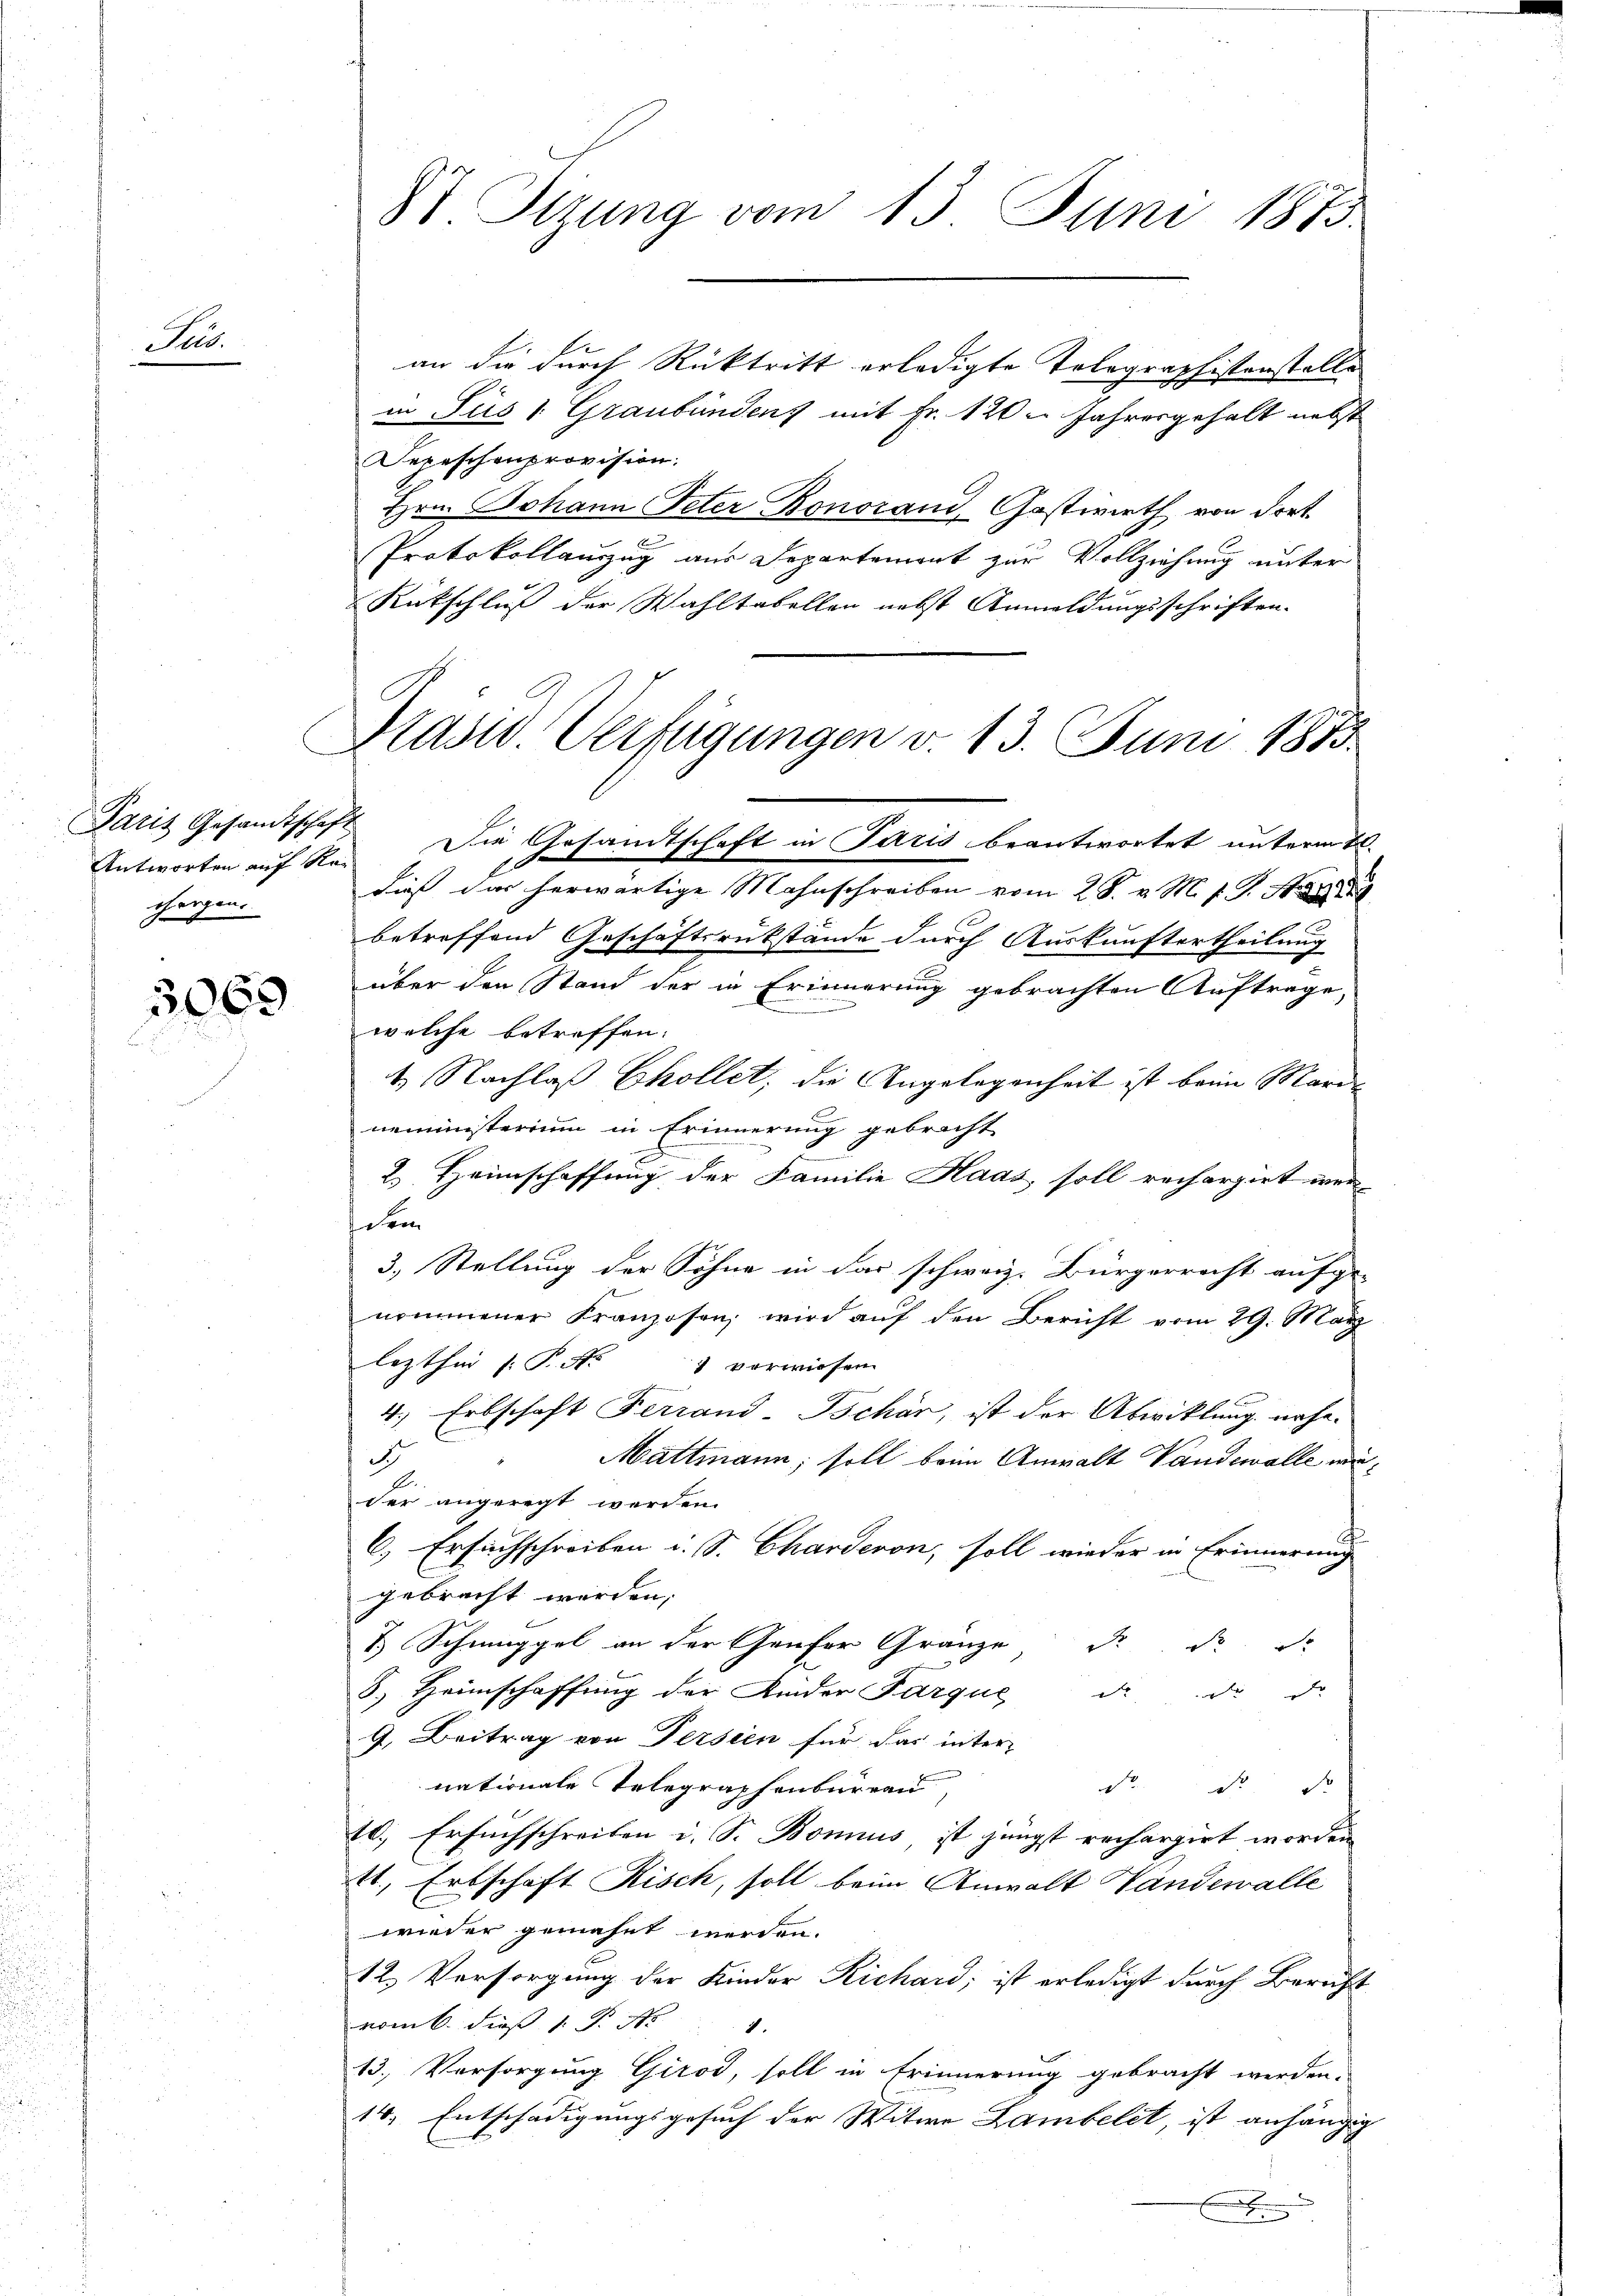
Sus.

Paris Gesandtschaft
chergen.

2063

an die durch Rücktritt erledigte Telegraphistenstelle
in Sus 1 Graubündenz mit Fr. 120 u. Jahresgehalt nebst
Depeschenprovision.
Hrn. Johann Peter Bonorand, Gastwirth von dort.
Protokollauzug aus Departement zur Vollziehung unter
Rütschluß der Wahltabellen nebst Anmeldungsschriften.
Antworten auf Re. Die Gesandtschaft in Paris beantwortet unterm 26.
dieß das herwärtige Mahnschreiben vom 28. v. M. v. J. A. a
betreffend Geschäftsrükstände durch Auskunftertheilung
über den Stand der in Erinnerung gebrachten Auftrage,
welche betreffen:
t. Nachlaß Chollet, die Angelegenheit ist beim Marie
neministerium in Erinnerung gebracht
2.) Heimschaffung der Familie Haas, soll rechargirt wersehen
3. Stellung der Söhne in das schweiz. Bürgerrecht aufge-
nommener Franzosen, wird auf den Bericht vom 29. März
lezthin (: P. Nr. 1 vorwiesen
4.) Erbschaft Ferrand-Bschär, ist der Abwicklung nähe
d
Mattmann; soll beim Anwalt Vandewalle wider angeregt werden.
6) Ersuchschreiben u. S. Charderon, soll wieder in Erinnerung
gebracht werden;
& Schmuggel an der Genfer Gränze d. d.
8.) Heimschaffung der Ander Parque d. d. d.
9. Beitrag von Persien für das inter-
nationale Telegraphenbureau,

10.) Ersuchschreiben i. S. Bonius, ist jüngst rechargirt worden
E., Erbschaft Risch, soll beim Anwalt Handewalle
wieder gemahnt werden.
12. Versorgung der Kinder Richard, ist erledigt durch Bericht
vom 6. dieß v. P. K
13. Vorsorgung Girod, soll in Erinnerung gebracht werden.
14. Entschädigungsgesuch der Witwe Lambelet, ist anhängig
Ei

87 Sizung vom 13. Juni 1873.

Pasid. Verfügungen v. 13. Juni 1883.